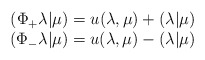
\begin{align*}\begin{array}{c}(\Phi_+\lambda|\mu)=u(\lambda,\mu)+(\lambda|\mu)\\(\Phi_-\lambda|\mu)=u(\lambda,\mu)-(\lambda|\mu)\end{array}\end{align*}